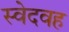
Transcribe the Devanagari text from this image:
स्वेदवह